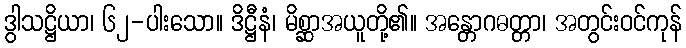
ဒွါသဋ္ဌိယာ၊ ၆၂-ပါးသော။ ဒိဋ္ဌီနံ၊ မိစ္ဆာအယူတို့၏။ အန္တောဂဓတ္တာ၊ အတွင်းဝင်ကုန်